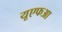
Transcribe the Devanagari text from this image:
यूएफआ